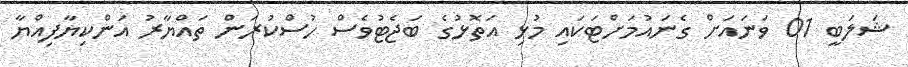
ޝަލަބީ 01 ވަނައަށް ގެނައުމަށްޓަކައި މުޅި އަތޮޅުގެ ބަޖެޓުވެސް ހުސްކުރަން ތައްޔާރު އަންކިޔާފިއްޔާ